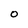
Character: 0